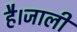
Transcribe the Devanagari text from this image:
है।जाली